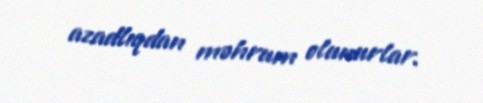
azadlıqdan məhrum olunurlar.